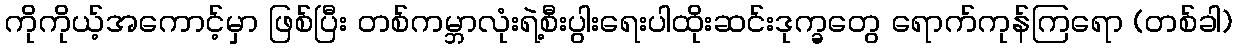
ကိုကိုယ့်အကောင့်မှာ ဖြစ်ပြီး တစ်ကမ္ဘာလုံးရဲ့စီးပွါးရေးပါထိုးဆင်းဒုက္ခတွေ ရောက်ကုန်ကြရော (တစ်ခါ)